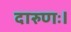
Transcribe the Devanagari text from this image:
दारुणः।